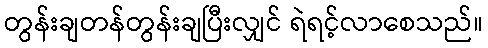
တွန်းချတန်တွန်းချပြီးလျှင် ရဲရင့်လာစေသည်။